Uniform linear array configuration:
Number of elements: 24
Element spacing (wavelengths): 0.25
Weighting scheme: hamming
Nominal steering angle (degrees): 15
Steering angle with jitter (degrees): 13.966
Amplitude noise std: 0.05
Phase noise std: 0.05

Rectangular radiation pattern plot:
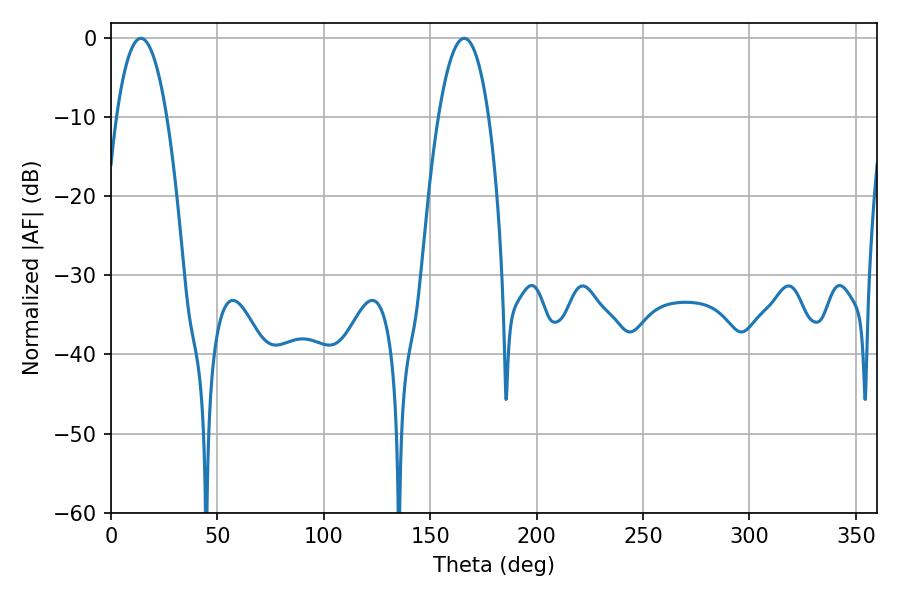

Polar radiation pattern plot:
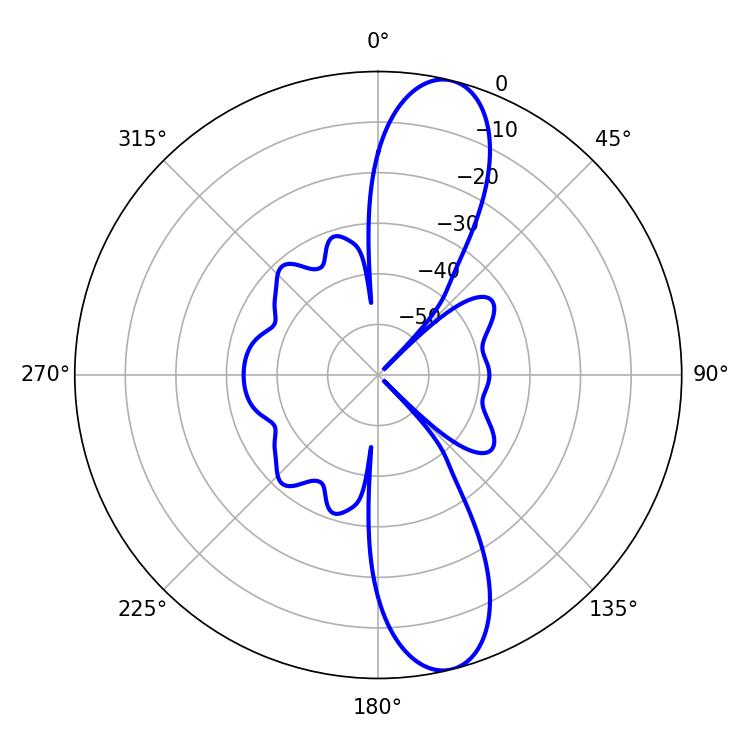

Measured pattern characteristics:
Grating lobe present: FALSE
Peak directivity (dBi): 12.245
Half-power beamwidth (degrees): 13.14
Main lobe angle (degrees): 14.04